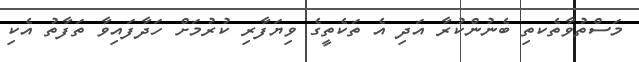
މަސްތުވާތެކތި ބެނުންކުރާ އަދި އެ ތަކެތީގެ ވިޔަފާރި ކުރުމަށް ހަދާފައިވާ ތަފާތު އެކި